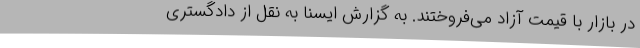
در بازار با قیمت آزاد می‌فروختند. به گزارش ایسنا به نقل از دادگستری